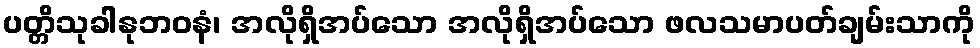
ပတ္တိသုခါနုဘဝနံ၊ အလိုရှိအပ်သော အလိုရှိအပ်သော ဖလသမာပတ်ချမ်းသာကို